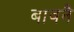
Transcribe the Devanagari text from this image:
बावनै